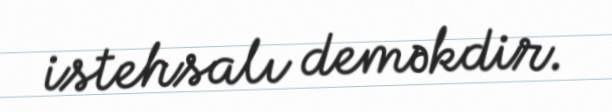
istehsalı deməkdir.